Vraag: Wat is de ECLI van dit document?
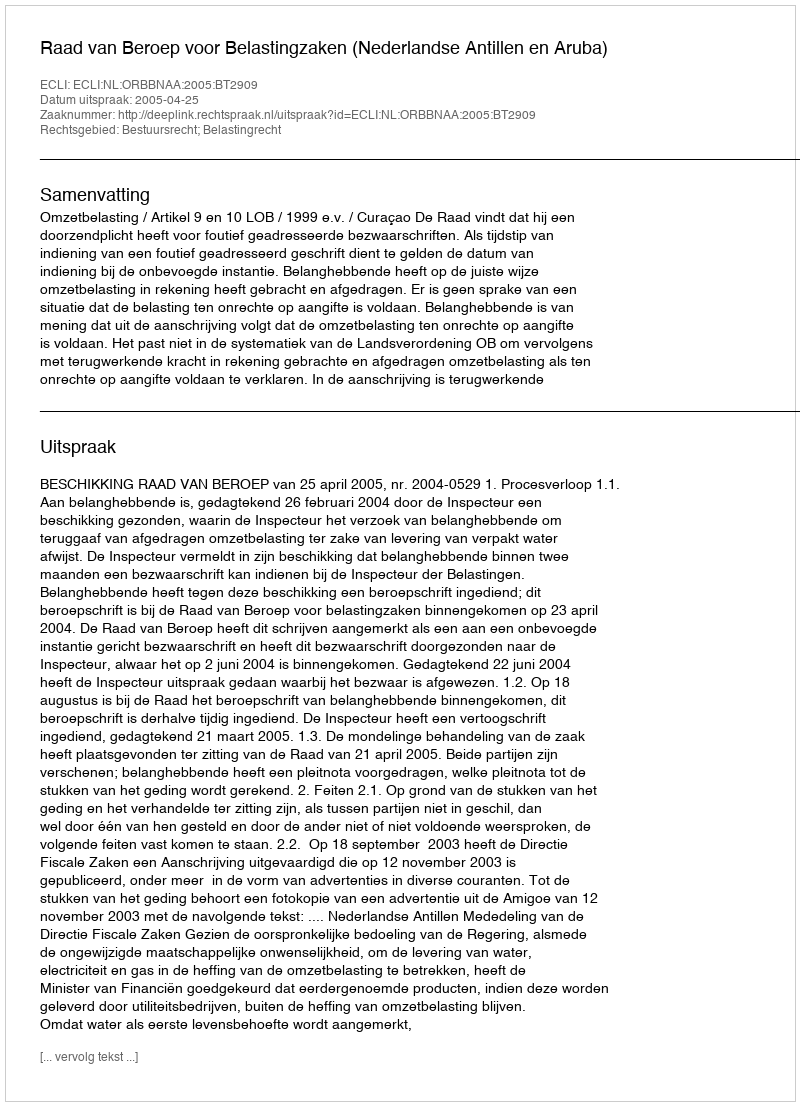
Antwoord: ECLI:NL:ORBBNAA:2005:BT2909